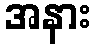
အနား